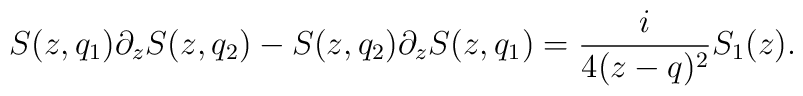
S(z,q_1)\partial_zS(z,q_2) -S(z,q_2)\partial_zS(z,q_1)  = {i \over 4 (z-q)^2} S_1(z) .